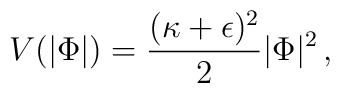
V (|\Phi| ) ={ (\kappa + \epsilon)^2 \over 2} | \Phi |^2  \,   ,